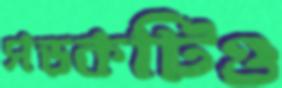
সড়কটিও